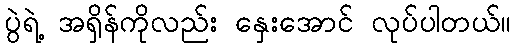
ပွဲရဲ့ အရှိန်ကိုလည်း နှေးအောင် လုပ်ပါတယ်။